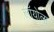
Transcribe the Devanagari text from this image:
लॉयोला